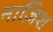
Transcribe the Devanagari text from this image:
नाज़िश